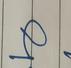
Signature authenticity: genuine